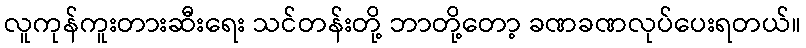
လူကုန်ကူးတားဆီးရေး သင်တန်းတို့ ဘာတို့တော့ ခဏခဏလုပ်ပေးရတယ်။